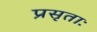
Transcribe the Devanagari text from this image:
प्रसृताः